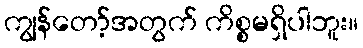
ကျွန်တော့်အတွက် ကိစ္စမရှိပါဘူး။